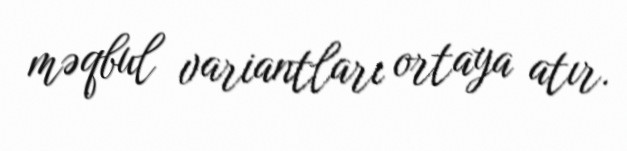
məqbul variantları ortaya atır.